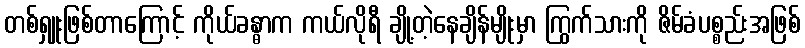
တစ်ရှူးဖြစ်တာကြောင့် ကိုယ်ခန္ဓာက ကယ်လိုရီ ချို့တဲ့နေချိန်မျိုးမှာ ကြွက်သားကို ဇိမ်ခံပစ္စည်းအဖြစ်